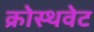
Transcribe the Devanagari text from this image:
क्रोस्थवेट